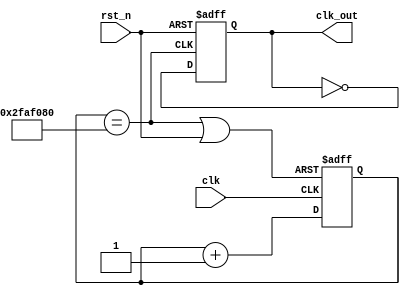
`timescale 1ns / 1ps
//////////////////////////////////////////////////////////////////////////////////
// Company: 
// Engineer: 
// 
// Design Name: 
// Module Name: lab3_2
// Project Name: 
// Target Devices: 
// Tool Versions: 
// Description: 
// 
// Dependencies: 
// 
// Revision:
// Revision 0.01 - File Created
// Additional Comments:
// 
//////////////////////////////////////////////////////////////////////////////////


module lab3_2(
clk_out,
clk,
rst_n
    );
    
output clk_out;
input clk;
input rst_n;

reg [25:0]cnt_temp;
reg [25:0]cnt;
reg clk_t;
wire rst_d;
wire trigger;
wire clk_out;

// Dividied frequency
assign clk_out =clk_t;
assign trigger = (cnt== 26'd50000000);
assign rst_d =(trigger||rst_n);

// T-FF
always@(posedge trigger or negedge rst_n)begin
if (~rst_n) 
clk_t<=0;
else
clk_t =~clk_t;
end

// Combinational logics: increment, neglecting overflow 
always @(cnt)begin
cnt_temp = cnt + 1'b1;
end

// Sequential logics: Flip flops
always @(posedge clk or negedge rst_d)begin
if (~rst_d) 
cnt<=26'd0;
else 
cnt<=cnt_temp;
end

endmodule